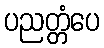
ပညတ္တံပေ